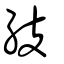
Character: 𥾣